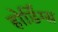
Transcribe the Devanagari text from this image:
होर्डिंग्स